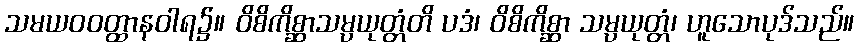
သမယဝဝတ္ထာနဝါရ၌။ ဝိစိကိစ္ဆာသမ္ပယုတ္တံတိ ပဒံ၊ ဝိစိကိစ္ဆာ သမ္ပယုတ္တံ၊ ဟူသောပုဒ်သည်။